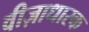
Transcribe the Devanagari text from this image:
वीज़ाधारक